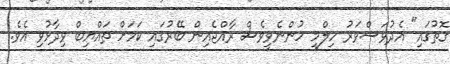
ގޮތުގައި" އެދުވަސްވަރު ހިލްމީ ހުންނެވީވެސް ރާއްޖެއިން ބޭރުގައި ކަމަށް ތައްޔިބް ވިދާޅުވި އެވެ.